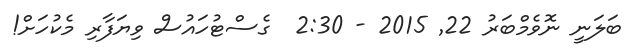
ބަލަނީ ނޮވެމްބަރު 22